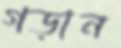
গড়ান